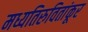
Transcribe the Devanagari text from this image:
मध्यतिरुवितांकूर